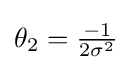
{\textstyle \textstyle \theta _{2}={\frac {-1}{2\sigma ^{2}}}}